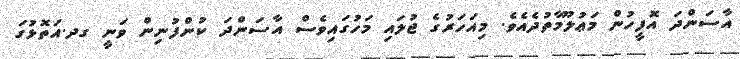
އާސަންދަ އޮފީހުން މަޢުލޫމާތުދެއެވެ. މިއަހަރުގެ ޖުލައި މަހުގައިވެސް އާސަންދަ ކުންފުނިން ވަނީ ގދ.އަތޮޅުގަ